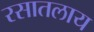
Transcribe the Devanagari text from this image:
रसातलाय